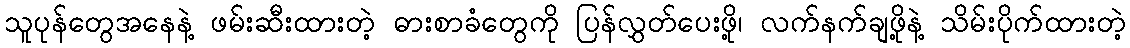
သူပုန်တွေအနေနဲ့ ဖမ်းဆီးထားတဲ့ ဓားစာခံတွေကို ပြန်လွှတ်ပေးဖို့၊ လက်နက်ချဖို့နဲ့ သိမ်းပိုက်ထားတဲ့